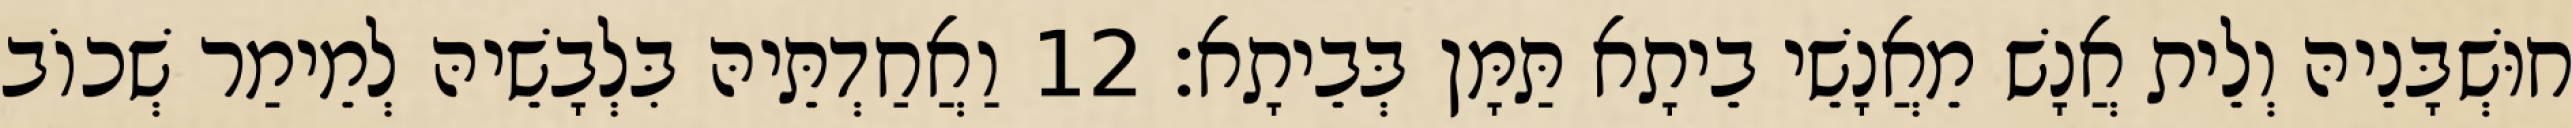
חוּשְׁבָּנֵיהּ וְלֵית אֲנָשׁ מֵאֲנָשֵׁי בֵיתָא תַּמָּן בְּבֵיתָא׃ 12 וַאֲחַדְתֵּיהּ בִּלְבָשֵׁיהּ לְמֵימַר שְׁכוֹב